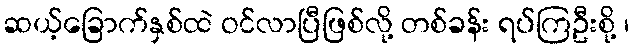
ဆယ့်ခြောက်နှစ်ထဲ ဝင်လာပြီဖြစ်လို့ တစ်ခန်း ရပ်ကြဦးစို့ ၊